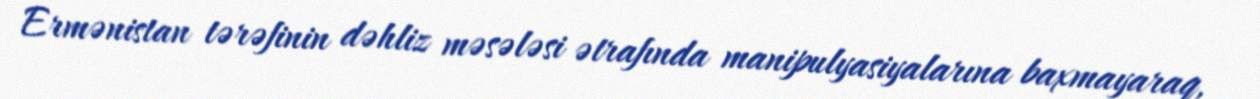
Ermənistan tərəfinin dəhliz məsələsi ətrafında manipulyasiyalarına baxmayaraq,